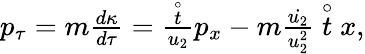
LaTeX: \begin{array}{r}{p_{\tau}=m\frac{d\kappa}{d\tau}=\frac{\stackrel{\circ}{t}}{u_{2}}p_{x}-m\frac{\dot{u_{2}}}{u_{2}^{2}}\stackrel{\circ}{t}x,}\end{array}